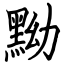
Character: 黝